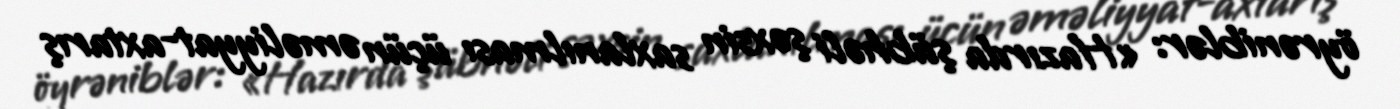
öyrəniblər: «Hazırda şübhəli şəxsin saxlanılması üçün əməliyyat-axtarış